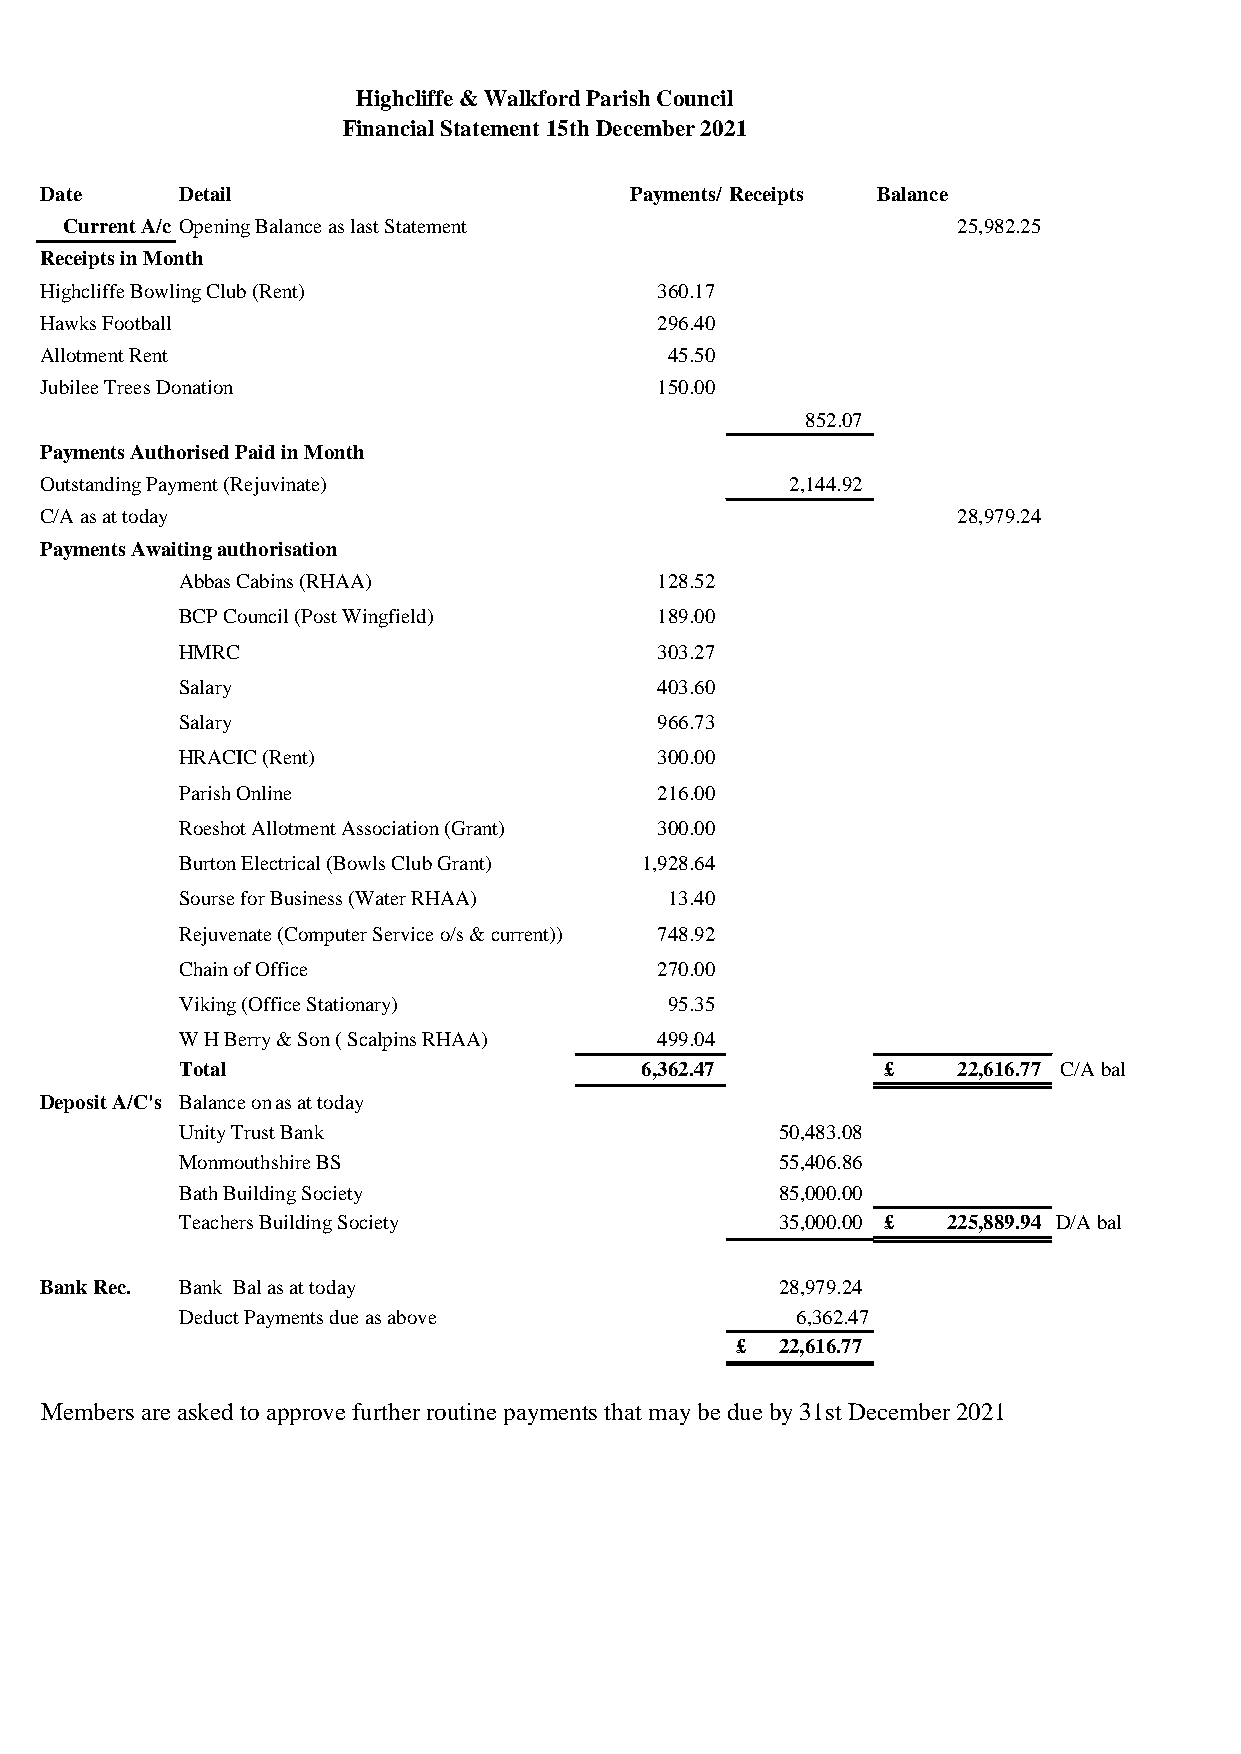
Highcliffe & Walkford Parish Council
 Financial Statement 15th December 2021
 Date     Detail                        Payments/ Receipts Balance
 Current A/c Opening Balance as last Statement              2 5,982.25
 Receipts in Month
 Highcliffe Bowling Club (Rent)          360.17
 Hawks Football                          296.40
 Allotment Rent                           45.50
 Jubilee Trees Donation                  150.00
 852.07
 Payments Authorised Paid in Month
 Outstanding Payment (Rejuvinate)                 2 ,144.92
 C/A as at today                                             2 8,979.24
 Payments Awaiting authorisation
 Abbas Cabins (RHAA)            1 28.52
 BCP Council (Post Wingfield)   1 89.00
 HMRC                           3 03.27
 Salary                         4 03.60
 Salary                         9 66.73
 HRACIC (Rent)                  3 00.00
 Parish Online                  2 16.00
 Roeshot Allotment Association (Grant) 3 00.00
 Burton Electrical (Bowls Club Grant) 1 ,928.64
 Sourse for Business (Water RHAA) 1 3.40
 Rejuvenate (Computer Service o/s & current)) 7 48.92
 Chain of Office                2 70.00
 Viking (Office Stationary)      9 5.35
 W H Berry & Son ( Scalpins RHAA) 4 99.04
 Total                         6,362.47        £    2 2,616.77 C/A bal
 Deposit A/C's Balance on a1s9 a.0t 8to.2d0a2y0
 Unity Trust Bank                        50,483.08
 Monmouthshire BS                        55,406.86
 Bath Building Society                   85,000.00
 Teachers Building Society               35,000.00 £ 2 25,889.94 D/A bal
 Bank Rec. Bank Bal as at today                   28,979.24
 Deduct Payments due as above             6,362.47
 £  2 2,616.77
 Members are asked to approve further routine payments that may be due by 31st December 2021